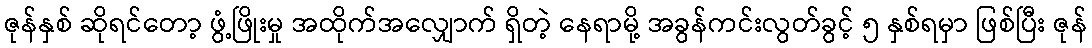
ဇုန်နှစ် ဆိုရင်တော့ ဖွံ့ဖြိုးမှု အထိုက်အလျှောက် ရှိတဲ့ နေရာမို့ အခွန်ကင်းလွတ်ခွင့် ၅ နှစ်ရမှာ ဖြစ်ပြီး ဇုန်